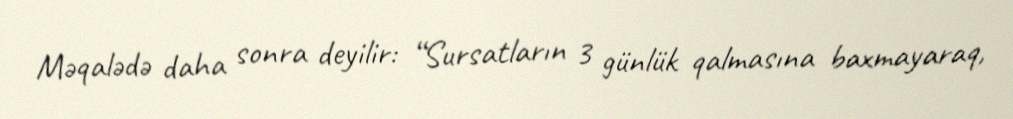
Məqalədə daha sonra deyilir: “Sursatların 3 günlük qalmasına baxmayaraq,